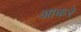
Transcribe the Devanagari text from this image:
आकरे